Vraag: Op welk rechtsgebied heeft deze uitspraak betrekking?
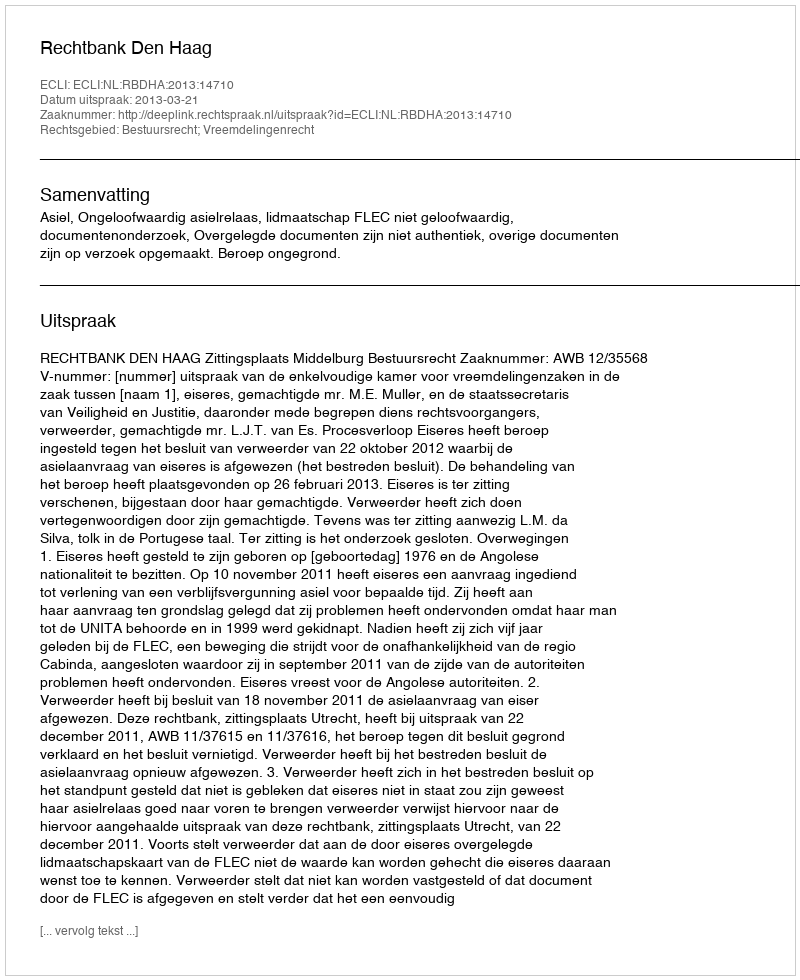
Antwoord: Bestuursrecht; Vreemdelingenrecht